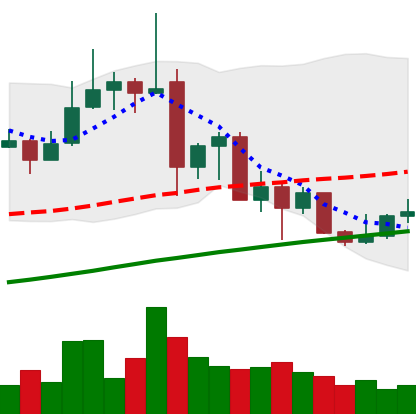
Ticker: ADA-USD
Chart end date: 2019-07-08
Forward return: -17.031%
Label: down_7plus